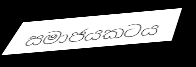
සමාජයකටය